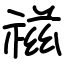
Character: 禌